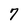
Character: 7